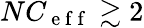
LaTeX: NC_{\mathrm{~e~f~f~}}\gtrsim 2